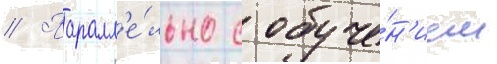
// Паралл'е́льно с обуче́н'ием